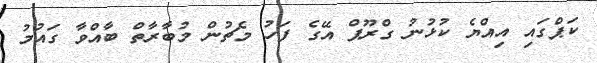
ކަޕްގައި އިއްޔެ ކުޅުނު ގްރޫޕް އޭގެ ފަހު މެޗުން މުބާރާތް ބާއްވާ ގައުމު